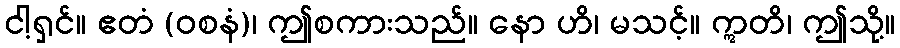
ငါ့ရှင်။ ဧတံ (ဝစနံ)၊ ဤစကားသည်။ နော ဟိ၊ မသင့်။ ဣတိ၊ ဤသို့။